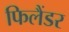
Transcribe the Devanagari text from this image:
फिलैंडर